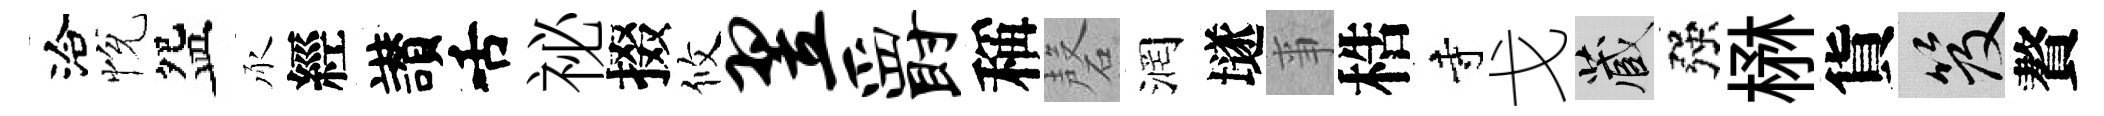
洽恱盌承經讃舌祕掇攸翌爵稱磬润𡑞亊梏寺戈藏强楙貨笈贅